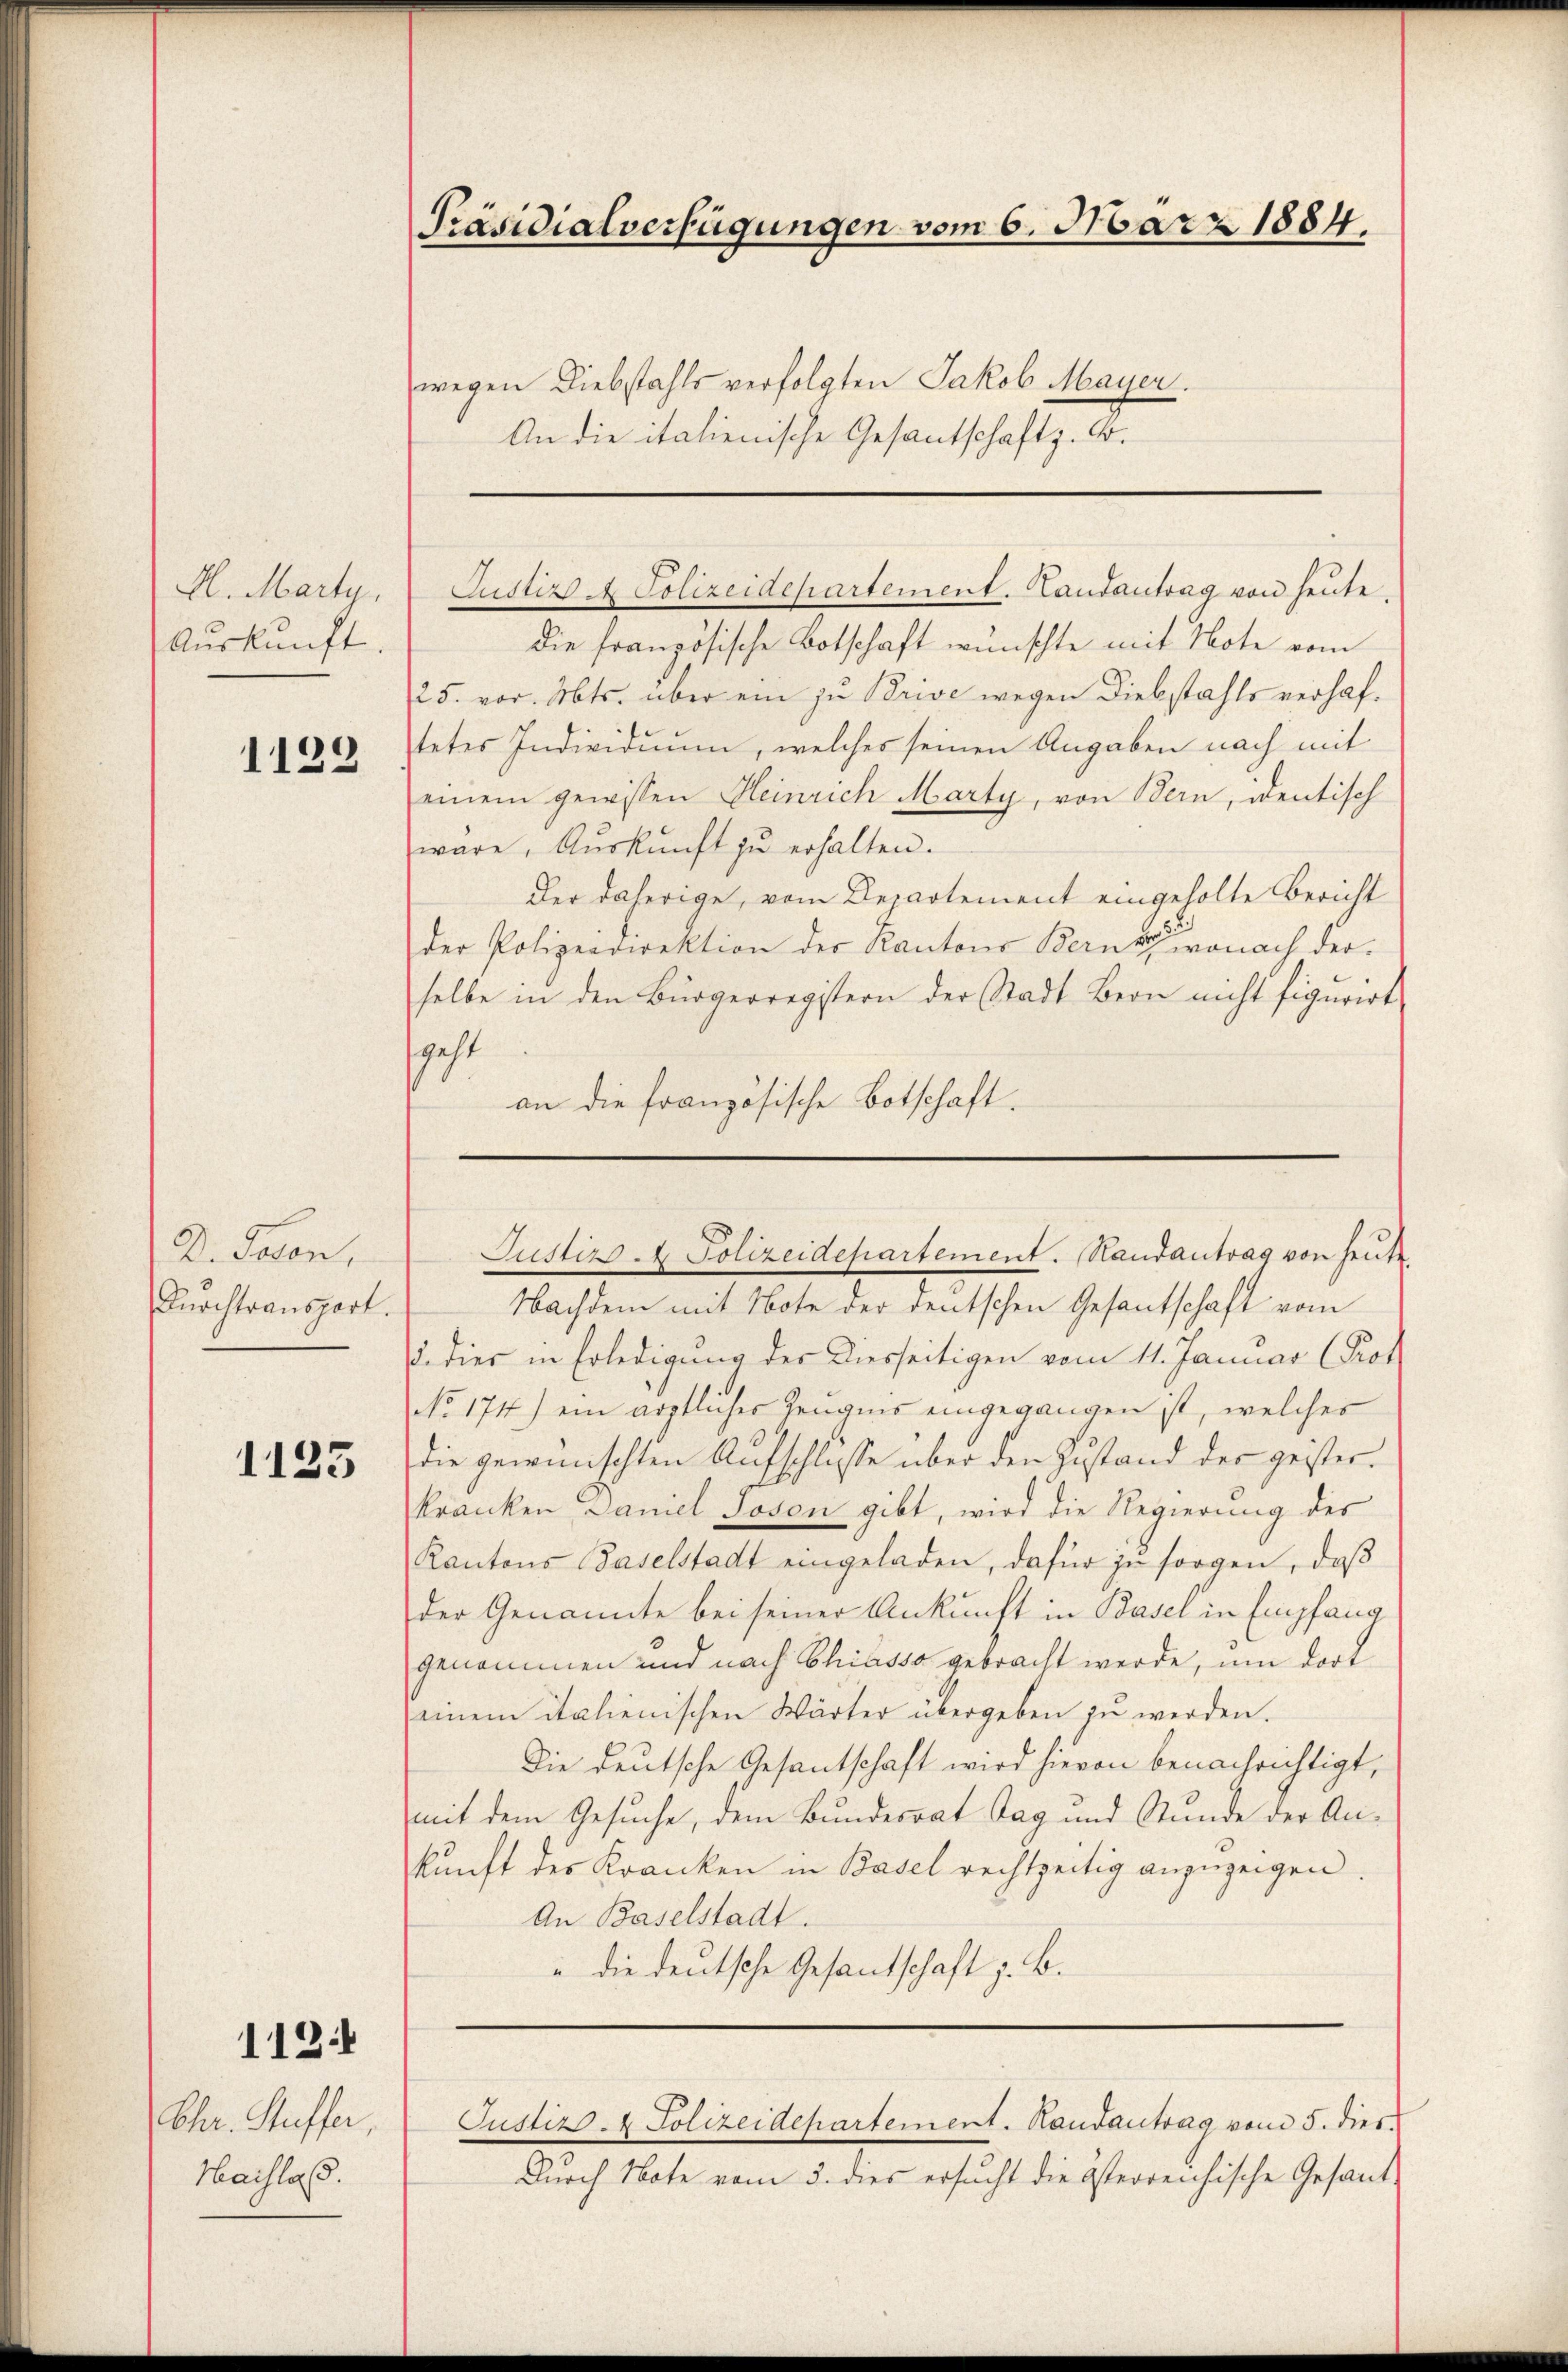
Hl. Marty,
Auskunft.

1129

D. Joson,
Durchtransport.

1133

112:

Chr. Stuffer,
Haihla.

Präsidialverfügungen vom 6. März 1884.

wegen Diebstahls verfolgten Jakob Mayer.
An die italienische Gesantschaft z. B.

die französische Botschaft wünschte mit Note vom
25. vor. Mts. über ein zu Brive wegen Diebstahls verhaftetes Individuum, welches seinen Angaben nach mit
einem gewissen Heinrich Marty, von Bern, identisch
wäre, Aŭskŭnft zŭ erhalten.
Der daherige, vom Departement eingeholte Bericht
der Polizeidirektion der Kantons Bern, wonach derselbe in den Bürgerregistern der Stadt Bern nicht figurirt.
geht
an die französische Botschaft.

Justiz. Polizeidepartement. Landantrag von heute.

Justiz - Polizeidepartement. Handantrag von heute

Nachdem mit Note der deutschen Gesantschaft vom
u. dies in Erledigung der Diesseitigen vom 11. Januar (Prof
No 174) ein ärztlicher Zeugnis eingegangen ist, welches
die gewünschten Aufschlosse über den Zustand des geisterkranken Daniel Joson gibt, wird die Regierung des
Kantons Baselstadt eingeladen, dafür zŭ sorgen, daß
der Genannte bei seiner Ankunft in Basel in Empfang
genommen und nach Chiasso gebracht werde, um dort
einem italienischen Wärter übergeben zu werden.
Die deutsche Gesantschaft wird hievon benachrichtigt,
mit dem Gesuche, dem Bundesrat Tag und Stunde der Ankunft des Kranken in Basel rechtzeitig anzuzeigen.
An Baselstadt.
" die deutsche Gesandtschaft z. B.

Justiz- & Polizeidepartement. Handantrag vom 5. dies
Durch Note vom 3. dies ersucht die österreichische Gesand¬